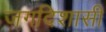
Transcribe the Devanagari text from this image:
जगदिशासी